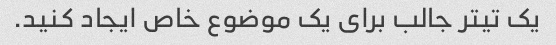
یک تیتر جالب برای یک موضوع خاص ایجاد کنید.